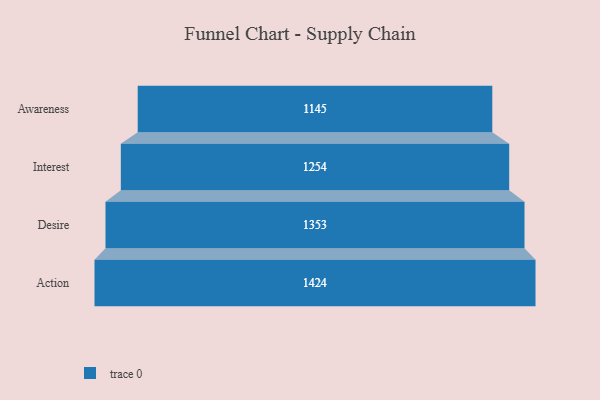
{"axis": {"x": "Stage", "y": "Value"}, "legend": [""], "data": [{"x": "Awareness", "y": 1145.0, "type": ""}, {"x": "Interest", "y": 1254.0, "type": ""}, {"x": "Desire", "y": 1353.0, "type": ""}, {"x": "Action", "y": 1424.0, "type": ""}]}